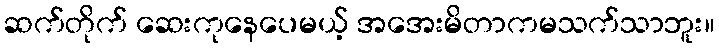
ဆက်တိုက် ဆေးကုနေပေမယ့် အအေးမိတာကမသက်သာဘူး။